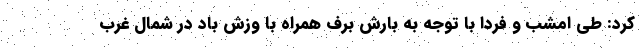
کرد: طی امشب و فردا با توجه به بارش برف همراه با وزش باد در شمال غرب